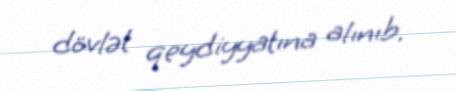
dövlət qeydiyyatına alınıb.